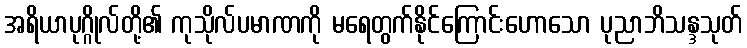
အရိယာပုဂ္ဂိုလ်တို့၏ ကုသိုလ်ပမာဏကို မရေတွက်နိုင်ကြောင်းဟောသော ပုညာဘိသန္ဒသုတ်